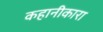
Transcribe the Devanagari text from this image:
कहानीकारा